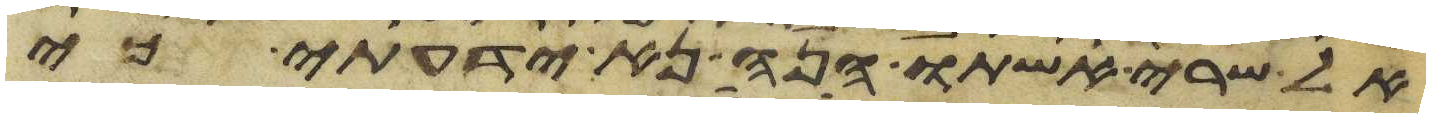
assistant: אל שרי אשתו הנה נא ידעתי כי